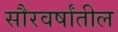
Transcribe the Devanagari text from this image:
सौरवर्षांतील